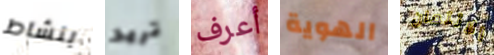
بنشاط تريد أعرف الهوية الائتمان